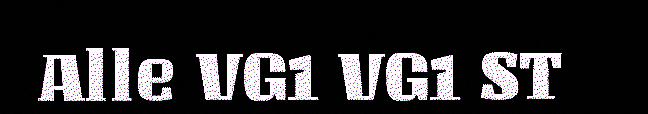
Alle VG1 VG1 ST